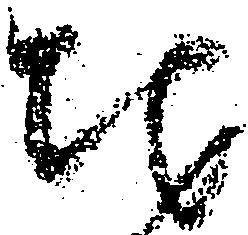
地